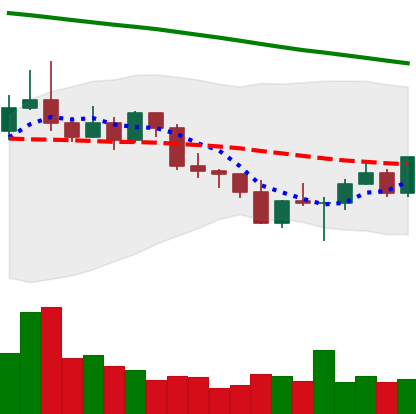
Ticker: ETC-USD
Chart end date: 2022-02-28
Forward return: -7.569%
Label: down_7plus